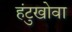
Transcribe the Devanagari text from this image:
हंटुखोवा